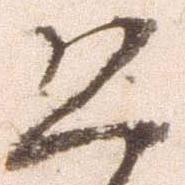
恐